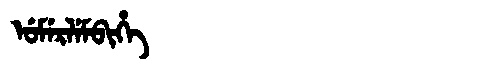
Manchu: ᡠᠮᡝᡵᠯᡝᠮᠪᡳᡥᡝ
Romanization: UMERLEMBIHE